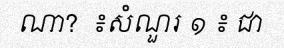
ណា?  ៖សំណួរ ១ ៖ ជា